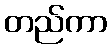
တည်ကာ